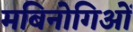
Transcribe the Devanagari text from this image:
मबिनोगिओं